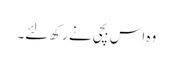
وہ اس بچی نے رکھ لئے۔